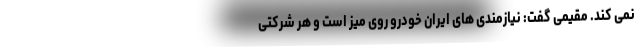
نمی کند. مقیمی گفت: نیازمندی های ایران خودرو روی میز است و هر شرکتی